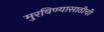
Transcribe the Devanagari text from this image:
मुरविण्यासाठीची